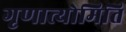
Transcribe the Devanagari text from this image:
गृणात्योमिति